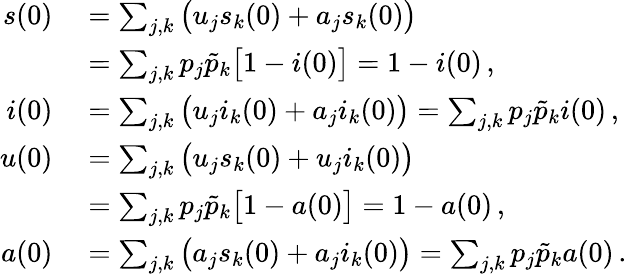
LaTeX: \begin{array}{rl}{s(0)}&{{}=\sum_{j,k}\big(u_{j}s_{k}(0)+a_{j}s_{k}(0)\big)}\\ {\: }&{{}=\sum_{j,k}p_{j}\tilde{p}_{k}\big[1-i(0)\big]=1-i(0)\, ,}\\ {i(0)}&{{}=\sum_{j,k}\big(u_{j}i_{k}(0)+a_{j}i_{k}(0)\big)=\sum_{j,k}p_{j}\tilde{p}_{k}i(0)\, ,}\\ {u(0)}&{{}=\sum_{j,k}\big(u_{j}s_{k}(0)+u_{j}i_{k}(0)\big)}\\ {\: }&{{}=\sum_{j,k}p_{j}\tilde{p}_{k}\big[1-a(0)\big]=1-a(0)\, ,}\\ {a(0)}&{{}=\sum_{j,k}\big(a_{j}s_{k}(0)+a_{j}i_{k}(0)\big)=\sum_{j,k}p_{j}\tilde{p}_{k}a(0)\, .}\end{array}